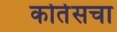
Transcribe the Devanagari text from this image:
कोर्तेसचा